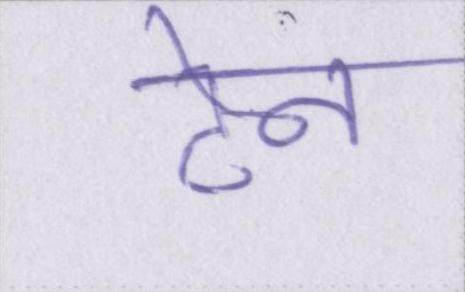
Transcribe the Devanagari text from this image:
टेन